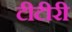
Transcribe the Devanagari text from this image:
टीटीरी